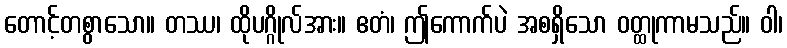
တောင့်တစွာသော။ တဿ၊ ထိုပဂ္ဂိုလ်အား။ ဧတံ၊ ဤကောက်ပဲ အစရှိသော ဝတ္ထုကာမသည်။ ဝါ၊